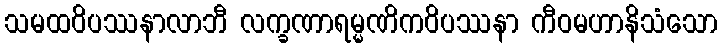
သမထဝိပဿနာလာဘီ လက္ခဏာရမ္မဏိကဝိပဿနာ ကီဝမဟာနိသံသော